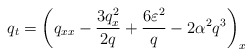
\begin{align*}q_t = \left( q_{xx} - \frac{3 q_x^2}{2 q} + \frac{6\varepsilon^2}{q} - 2 \alpha^2 q^3 \right)_x\end{align*}